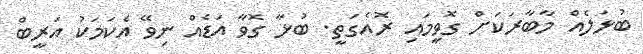
ބުޅަލެއް މާބާރަކަށް ގޮވީމައި ރޮއެގަތީ. ބުޅާ ގޮވާ އަޑެއް ނިވޭ އެކަމަކު އަރީބް